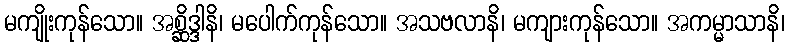
မကျိုးကုန်သော။ အစ္ဆိဒ္ဒါနိ၊ မပေါက်ကုန်သော။ အသဗလာနိ၊ မကျားကုန်သော။ အကမ္မာသာနိ၊